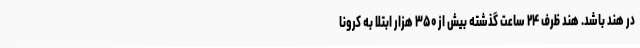
در هند باشد. هند ظرف ۲۴ ساعت گذشته بیش از ۳۵۰ هزار ابتلا به کرونا